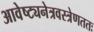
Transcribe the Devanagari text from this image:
आवेष्ट्यनेत्रवस्त्रेणततः